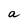
Character: a